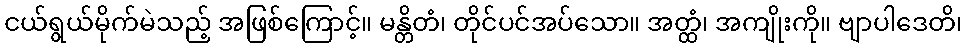
ငယ်ရွယ်မိုက်မဲသည့် အဖြစ်ကြောင့်။ မန္တိတံ၊ တိုင်ပင်အပ်သော။ အတ္ထံ၊ အကျိုးကို။ ဗျာပါဒေတိ၊